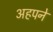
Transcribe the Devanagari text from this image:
अहपने